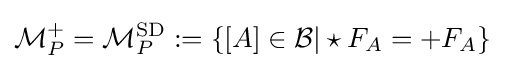
{\mathcal {M}}_{P}^{+}={\mathcal {M}}_{P}^{\mathrm {SD} }:=\{[A]\in {\mathcal {B}}|\star F_{A}=+F_{A}\}